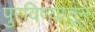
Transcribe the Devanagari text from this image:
पुरविण्यातून